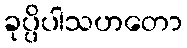
ခုပ္ပိပါသဟတော